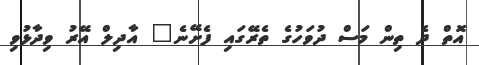
އޮތް ދެ ތިން މަސް ދުވަހުގެ ތެރޭގައި ފެށޭނެ" އާދިލް އޭރު ވިދާޅުވި